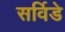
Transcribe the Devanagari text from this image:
सर्विडे